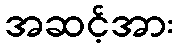
အဆင့်အား